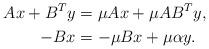
LaTeX: \begin{align*}Ax+B^Ty&=\mu Ax+\mu AB^T y, \\-Bx&=-\mu B x+\mu\alpha y.\end{align*}